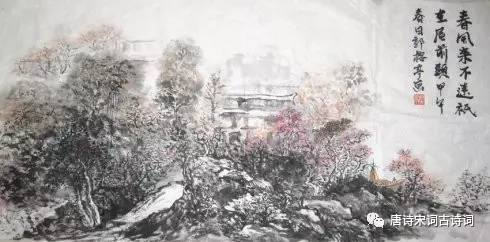
春风来不远，只在屋东头。